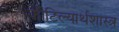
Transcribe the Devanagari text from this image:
कौटिल्यार्थशास्त्र